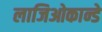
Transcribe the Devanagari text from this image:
लाजिओकान्डे